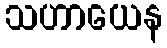
သဟာယေန